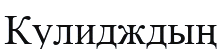
Кулидждың